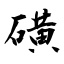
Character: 磺